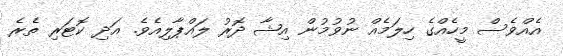
އެއްވެސް މީހެއްގެ ހިލަމެއް ނުވުމުން އިޝާ ދޮރު ލައްޕާލިއެވެ. އަދި ކޮޓަރި ތެރެ